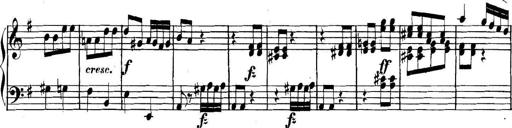
Title: Collected Piano Sonatas
Composer: Muzio Clementi